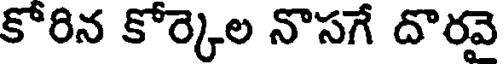
కోరిన కోర్కెల నొసగే దొరవై